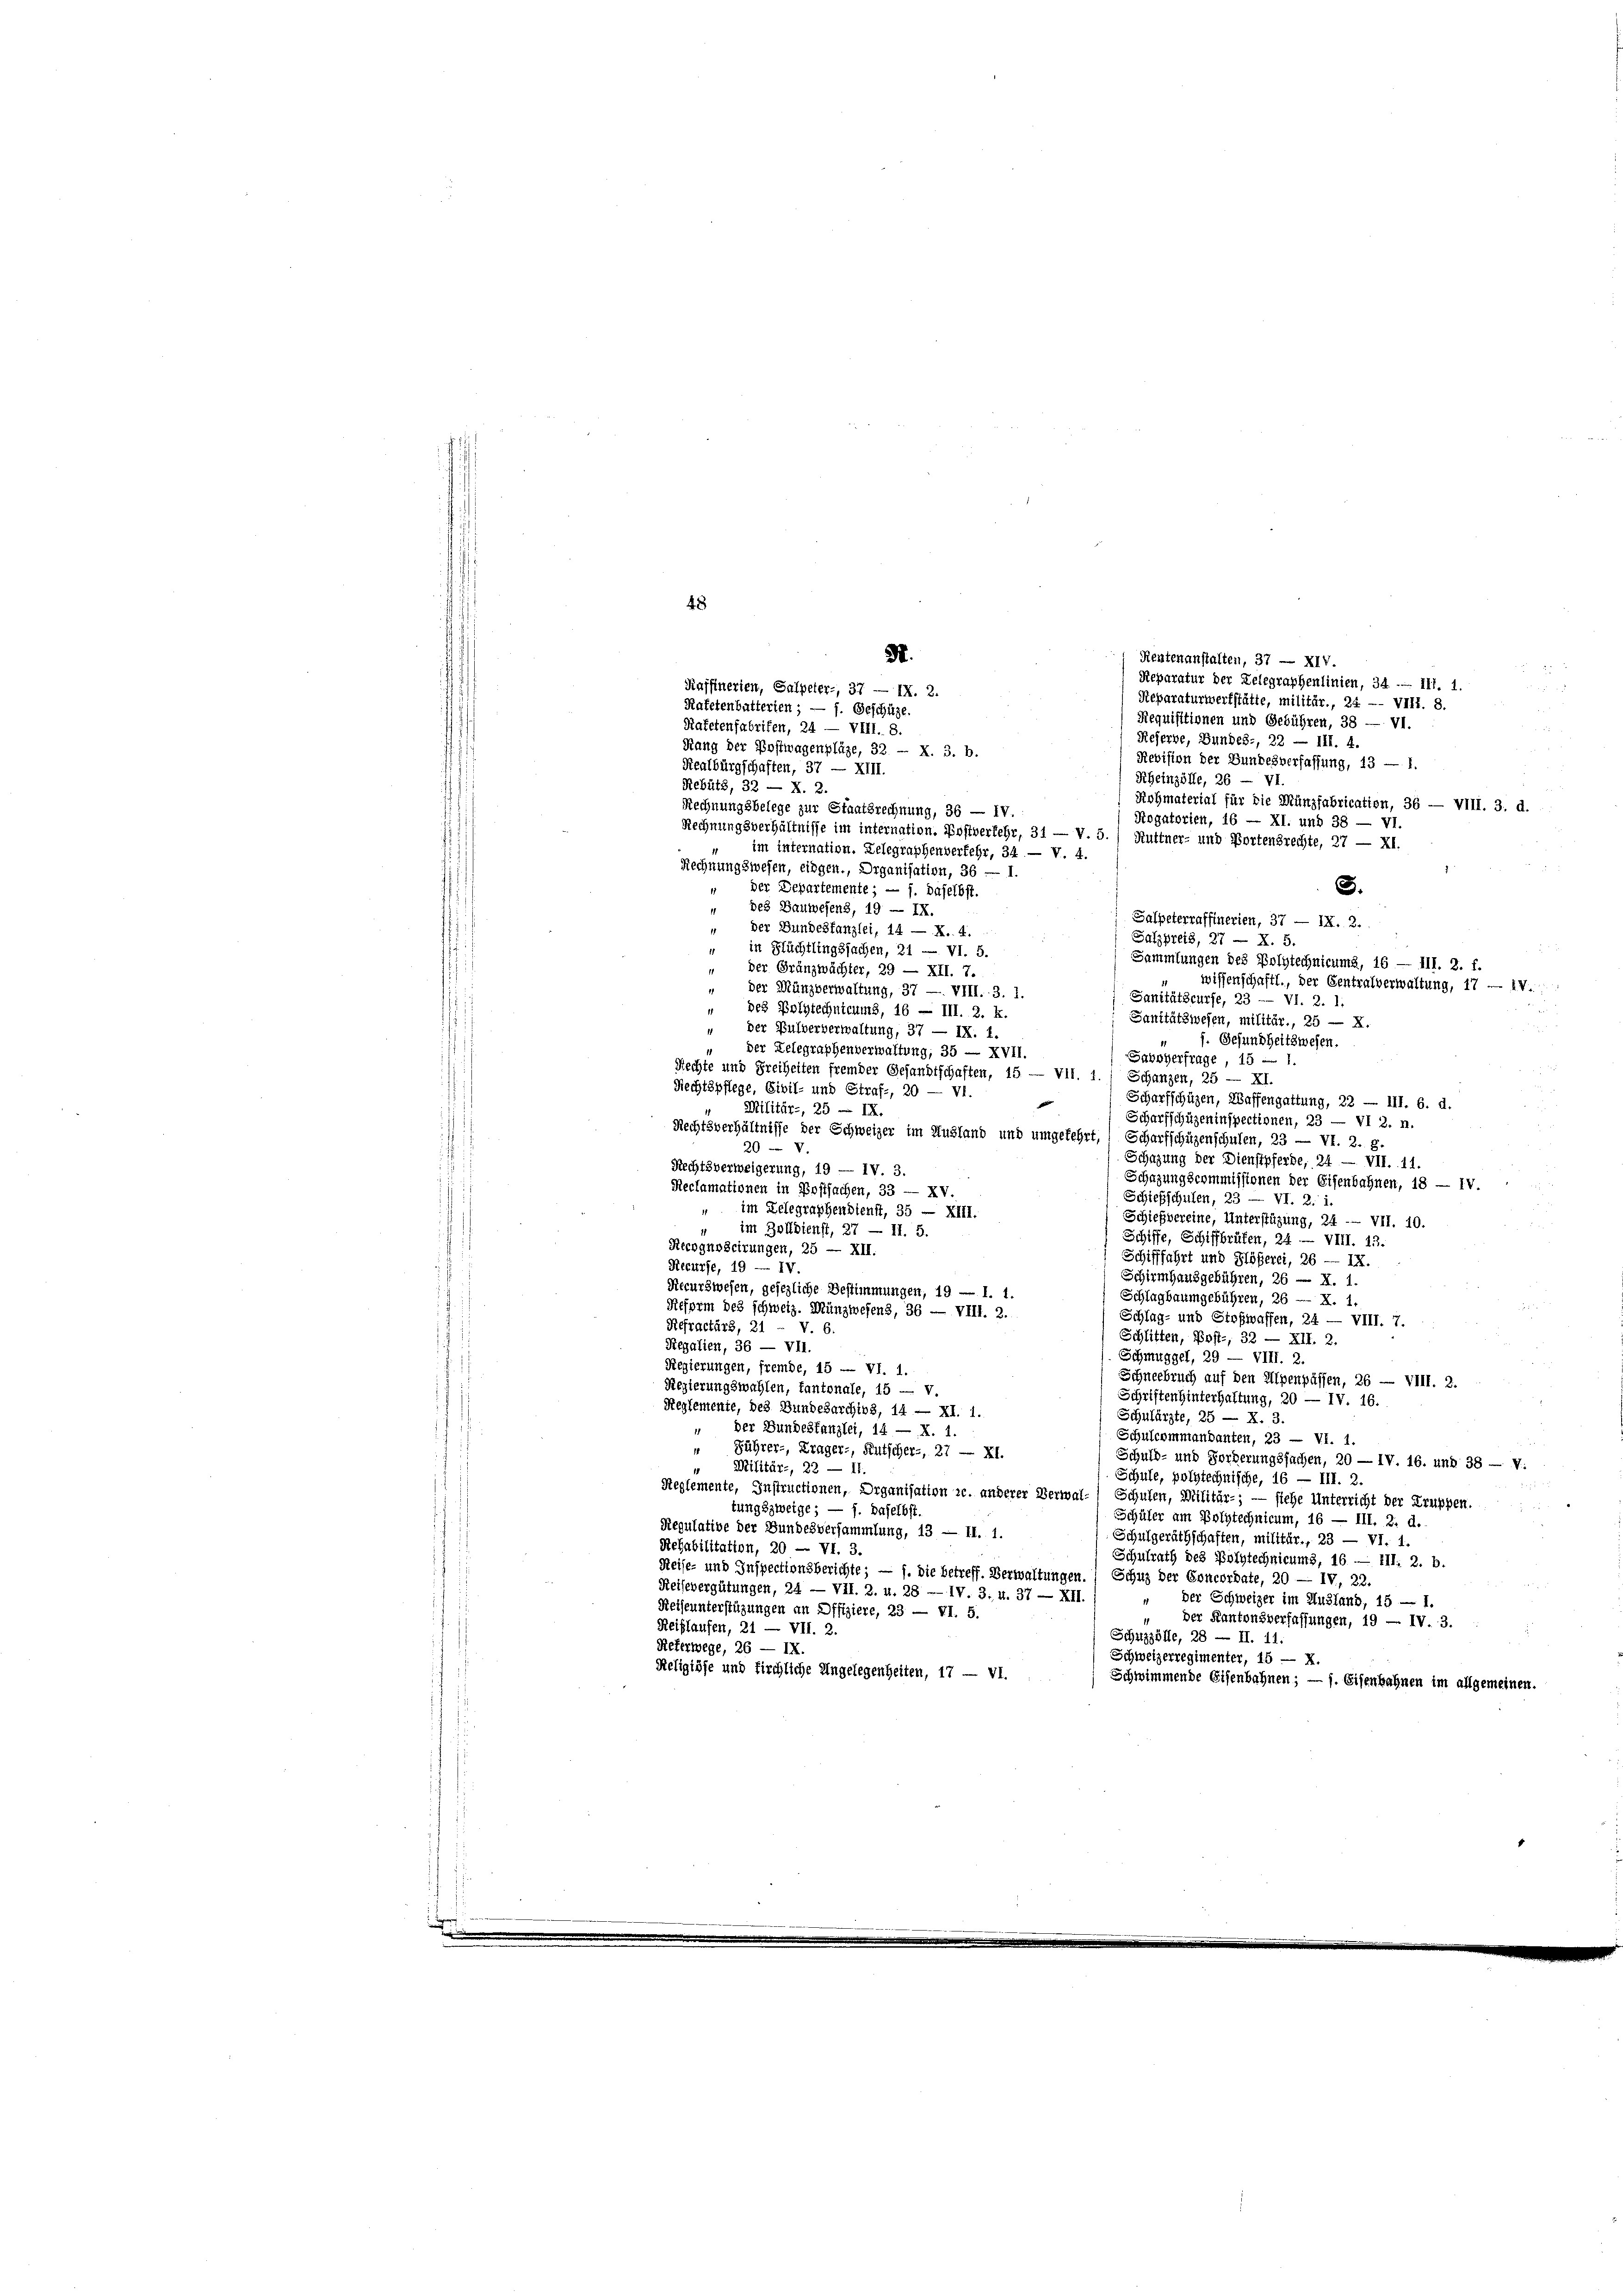
48

Katetenfabrifen, 24 — VIII. 8.
Realbürgschaften, 37 — XIII.
Rebütz, 32 — X. 2.
Rogatorien, 16 — XI. und 38 — VI.
Rechnungsverhältnisse im internation. Postverkehr, 31 — V. 5.) Huttner- und Bortensrechte, 27 — XI.
im internation. Zelegraphenverfehr, 34. — V. 4.
Rechnungswesen, eingen., Organisation, 36
3.
der Departemente; — f. daselbst.
" des Bauwesens, 19 — IX.
Salpeterraffinerien, 37 — IX. 2.
 Der Bundesfanzlei, 14 — X. 4.
Salzpreis, 27 — X. 5.
in Flüchtlingssachen, 21 — VI. 5.
Sammlungen des Polytechnicums, 16 — III. 2. f.
" der Gränzwächter, 29 — XII. 7.
wissenschaftl., der Gentralverwaltung, 17. IV.
der Münzverwaltung, 37 — VIII. 3. 1.
Sanitätscurse, 23 —— VI. 2. 1.
“ des Polytechnicums, 16 — III. 2. k.
Sanitätswesen, militär., 25 — X.
" der Bulververwaltung, 37 — IX. 1.
f. Gesundheitswesen.
" der Gelegraphenverwaltung, 35 — XVII.
Savoyerfrage, 15
Rechte und Freiheiten fremder Gesandtschaften, 15 — VII. 1.) Schanzen, 25 — XI.
Rechtspflege, Civil- und Straf-, 20 — VI.
Scharfschüzen, Waffengattung, 22 — III. 6. d.
Militär-, 25 — IX.
Scharfschüzeninspectionen, 23 — VI 2. n.
Rechtsverhältnisse der Schweizer im Ausland und umgekehrt, Scharfschüzenschulen, 23 — VI. 2. g.
20 - V
Schazung der Dienstpferde, 24 — VII. 11.
Rechtsverweigerung, 19 — IV. 3.
Schazungscommissionen der Eisenbahnen, 18 — IV.
Reclamationen in Postsachen, 33 — XV.
Schiefschulen, 23 — VI. 2. i.
im Zelegraphendienst, 35 — XIII.
Schießvereine, Unterstüzung, 24 - VII. 10.
" im Zolldienst, 27 — II. 5.
Schiffe, Schiffbrüfen, 24 — VIII. 13.
Recognoscirungen, 25 — XII.
Schifffahrt und Flößerei, 26 — IX.
Recurse, 19 — IV.
Schirmhausgebühren, 26 — X. 1.
Recurswesen, gesezliche Bestimmungen, 19 — 1. 1.
Schlagbaumgebühren, 26 -- X. 1
Reform des schweiz. Münzwesens, 36 — VIII. 2.
Schlag- und Stefwaffen, 24 — VIII. 7.
Refractärs, 21 - V. 6
Schlitten, Post-, 32 — XII. 2
Regalien, 36 — VII.
Schmuggel, 29 — VIII. 2.
Regierungen, fremde, 15 — VI. 1.
Schneebruch auf den Alpenpässen, 26 — VIII. 2.
Regierungswahlen, tantonale, 15 — v.
Schriften hinterhaltung, 20 — IV. 16.
Reglemente, des Bundesarchins, 14 — XI. 1.
Schulärzte, 25 — X. 3.
" Der Bundesfanzlei, 14 — X. 1.
Schulcommandanten, 23 — VI. 1.
 Führer-, Krager-, Rutscher-, 27 — XI.
Schuld- und Forderungssachen, 20 — IV. 16. und 38 — V.
Militär-, 22 — 11.
Schule, polytechnische, 16 — III. 2
Reglemente, Instructionen, Organisation zc. anderer Verwal-) Schulen, Militär-; — siehe Unterricht der Truppen.
tungszweige; — f. daselbst.
Schüler am Polytechnicum, 16 — III. 2. d.
Regulative der Bundesversammlung, 13 — II. 1.
Schulgeräthschaften, militär., 23 — VI. 1.
Rehabilitation, 20 — VI. 3.
Schulrath des Polytechnicums, 16 — 111, 2. b.
Reise- und Inspectionsberichte; — f. die betreff. Verwaltungen.) Schuz der Concordate, 20 — IV, 22.
Reisevergütungen, 24 — VII. 2. u. 28 — IV. 3; 4. 37 — XII.
der Schweizer im Ausland, 15 — 1.
Reiseunterstüzungen an Offiziere, 23 — VI. 5.
der Kantonsverfassungen, 19 — IV. 3.
Reiflaufen, 21 — VII. 2.
Schuzzölle, 28 — II. 11.
Referwege, 26 — IX.
Schweizerregimenter, 15 — X.
Religiöse und firchliche Angelegenheiten, 17 — VI.
Schwimmende Eisenbahnen; — j. Eisenbahnen im allgemeinen.

M.
Rentenanstalten, 37 — XIV.
Reparatur der Zelegraphenlinien, 34 -- III. 1.
Raffinerien, Salpeter-, 37 — IX. 2.
Reparaturwerkstätte, militär., 24 -- VIII. 8.
Rafetenbutterien ; — f. Geschütze.
Requisitionen und Gebühren, 38 — VI.
Reserve, Bundes-, 22 — III. 4.
Rang der Postwagenplaze, 32 - X. 3. b.
Revision der Bundesverfassung, 13 — 1.
Rheinzölle, 26 — VI.
Rohmaterial für die Münzfabrication, 36 — VIII. 3. d.
Rechnungsbelege zur Staatsrechnung, 36 — IV.